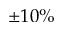
\pm 1 0 \%